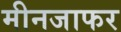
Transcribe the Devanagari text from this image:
मीनजाफर